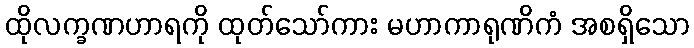
ထိုလက္ခဏဟာရကို ထုတ်သော်ကား မဟာကာရုဏိကံ အစရှိသော